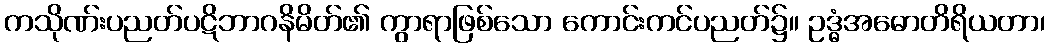
ကသိုဏ်းပညတ်ပဋိဘာဂနိမိတ်၏ ကွာရာဖြစ်သော ကောင်းကင်ပညတ်၌။ ဥဒ္ဓံအဓောတိရိယတာ၊